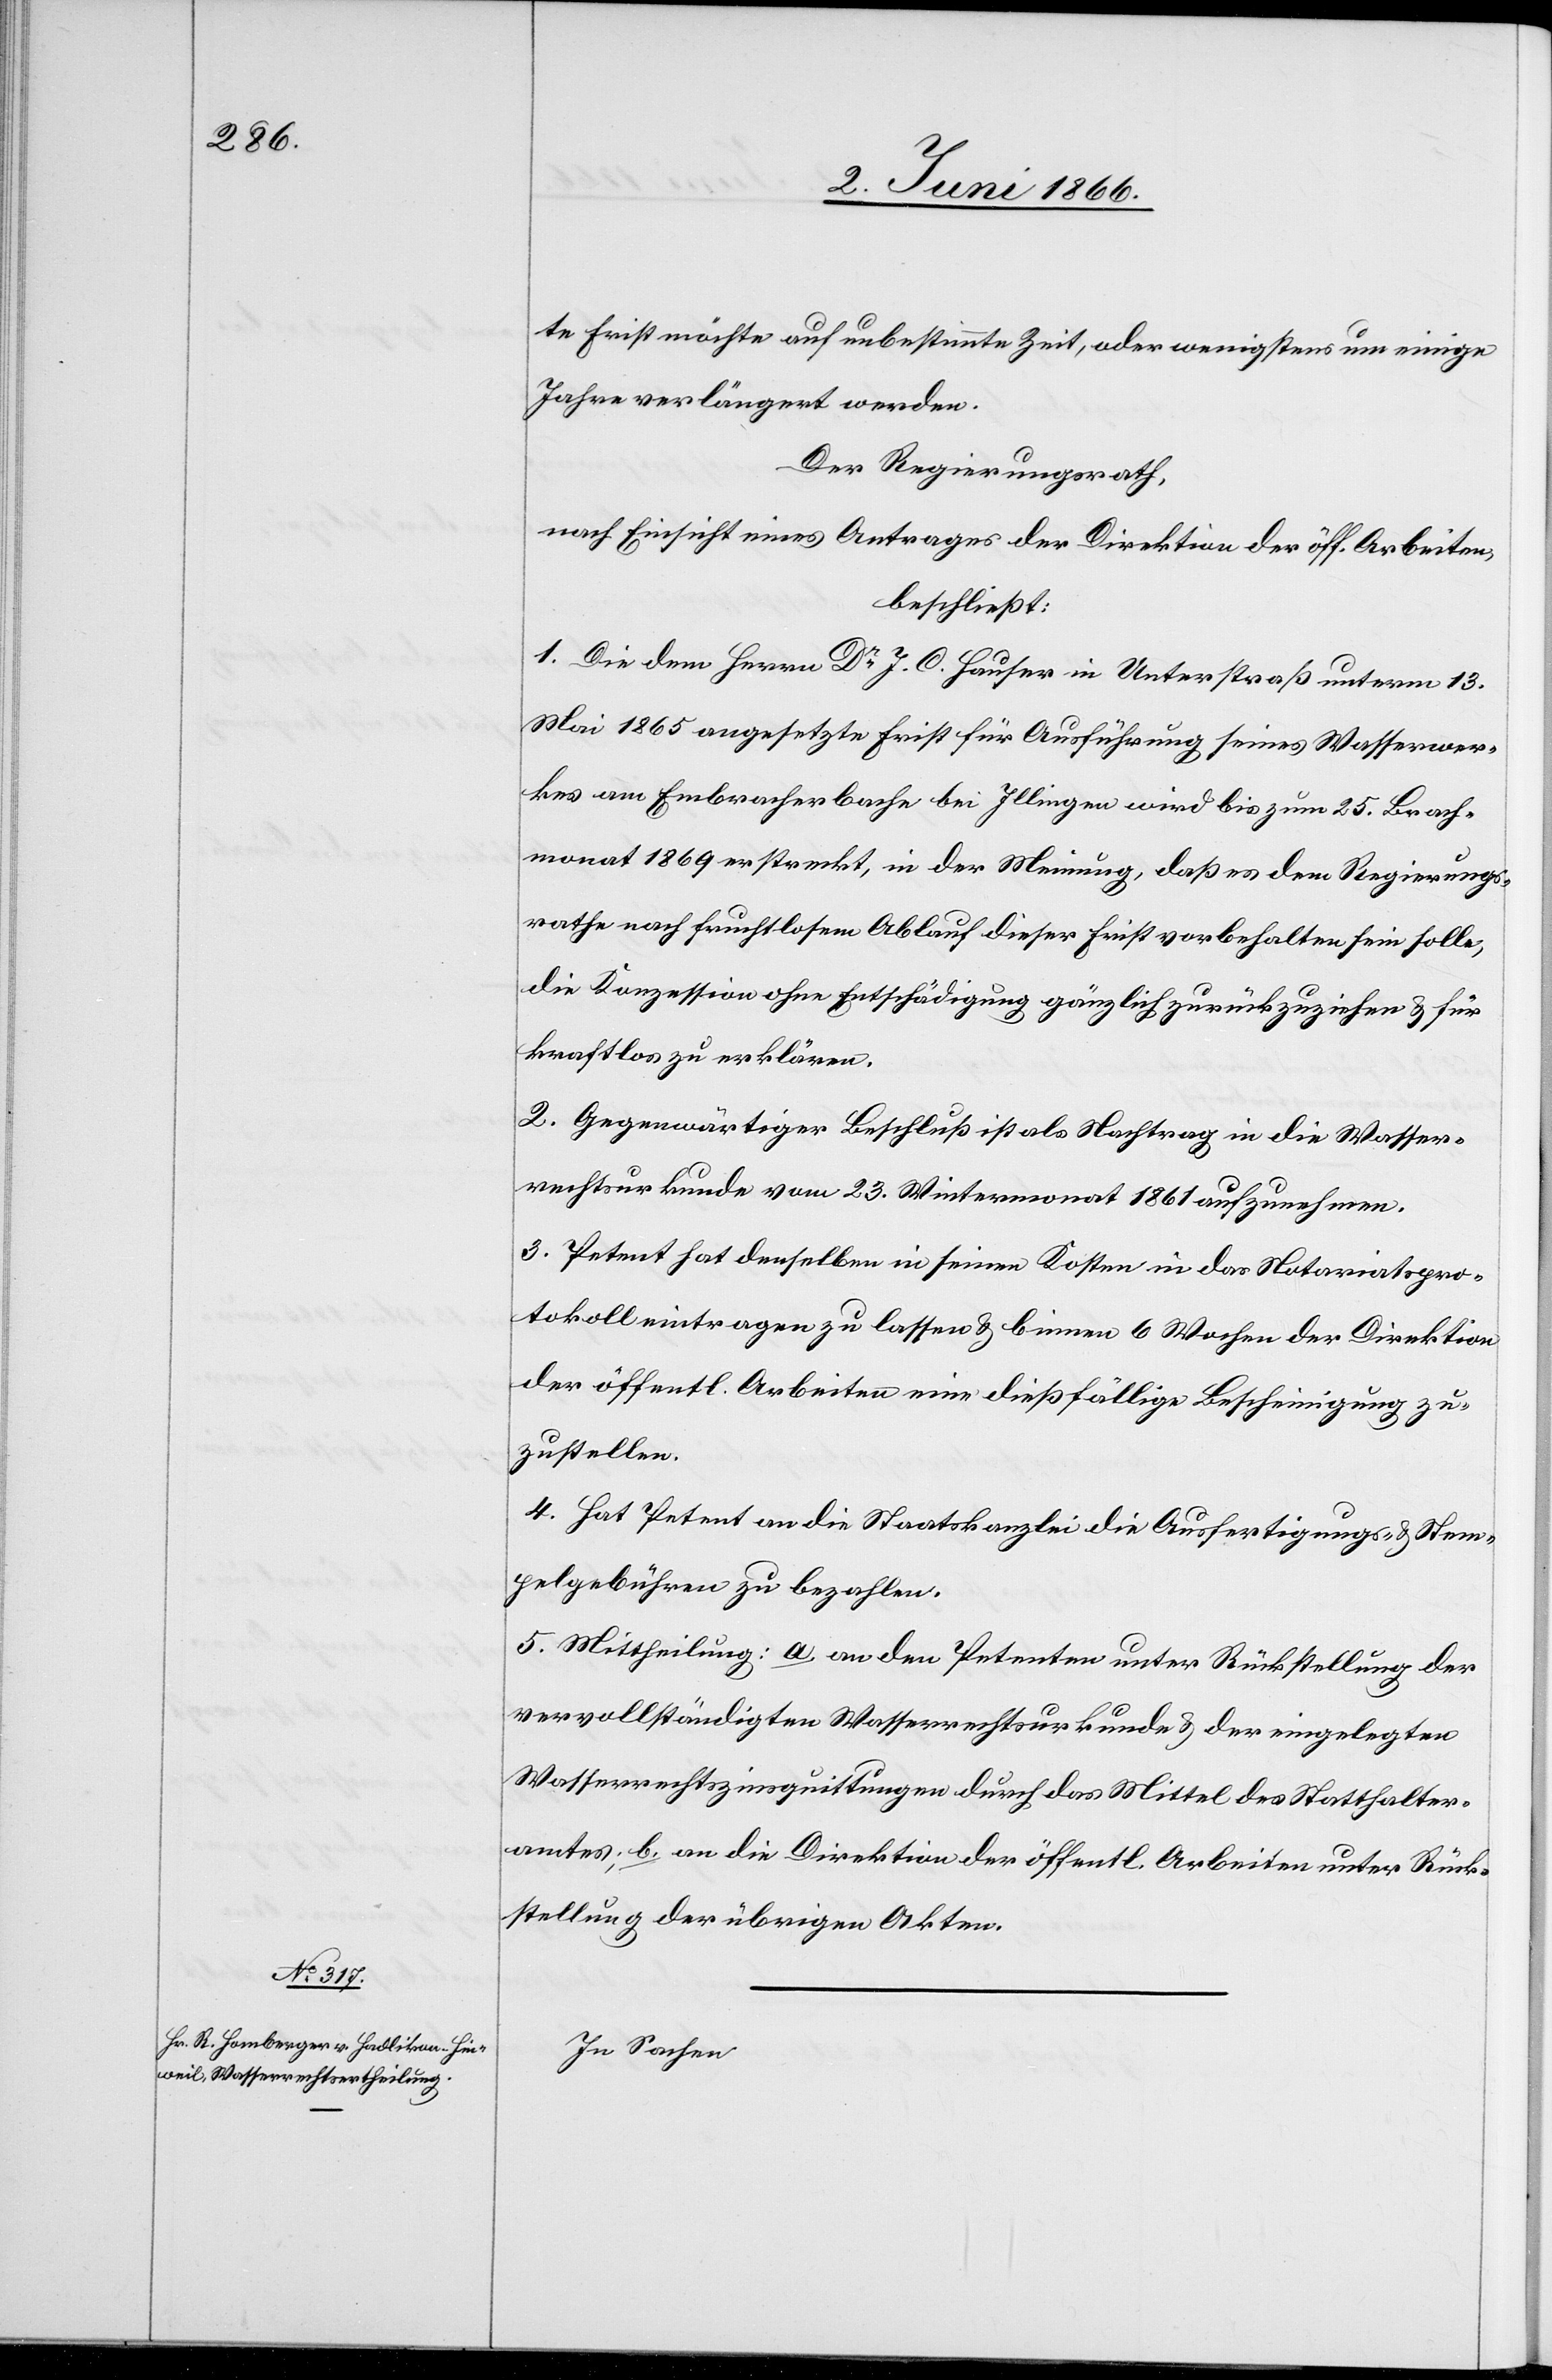
te Frist möchte auf unbestimmte Zeit, oder wenigstens um einige
Jahre verlängert werden.
Der Regierungsrath,
nach Einsicht eines Antrages der Direktion der öff. Arbeiten,
beschließt:
1. Die dem Herrn Dr. J. C. Hauser in Unterstraß unterm 13.
Mai 1865 angesetzte Frist für Ausführung seines Wasserwer¬
kes am Embracherbache bei Illingen wird bis zum 25. Brach¬
monat 1869 erstreckt, in der Meinung, daß es dem Regierungs¬
rathe nach fruchtlosem Ablauf dieser Frist vorbehalten sein solle,
die Konzession ohne Entschädigung gänzlich zurückzuziehen u. für
kraftlos zu erklären.
2. Gegenwärtiger Beschluß ist als Nachtrag in die Wasser¬
rechtsurkunde vom 23. Wintermonat 1861 aufzunehmen.
3. Petent hat denselben in seinen Kosten in das Notariatspro¬
tokoll eintragen zu lassen u. binnen 6 Wochen der Direktion
der öffentl. Arbeiten eine dießfällige Bescheinigung zu¬
zustellen.
4. Hat Petent an die Staatskanzlei die Ausfertigungs- u. Stem¬
pelgebühren zu bezahlen.
5. Mittheilung: a. an den Petenten unter Rückstellung der
vervollständigten Wasserrechtsurkunde u. der eingelegten
Wasserrechtszinsquittungen durch das Mittel des Statthalter¬
amtes; b. an die Direktion der öffentl. Arbeiten unter Rück¬
stellung der übrigen Akten.
In Sachen